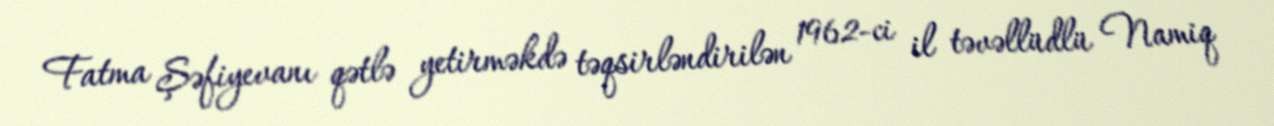
Fatma Şəfiyevanı qətlə yetirməkdə təqsirləndirilən 1962-ci il təvəllüdlü Namiq